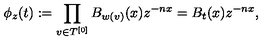
\phi _ { z } ( t ) : = \prod _ { v \in T ^ { [ 0 ] } } B _ { w ( v ) } ( x ) z ^ { - n x } = B _ { t } ( x ) z ^ { - n x } ,